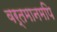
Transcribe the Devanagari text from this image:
वर्तमानमपि